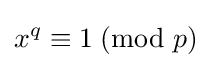
x^{q}\equiv 1\;({\text{mod }}p)